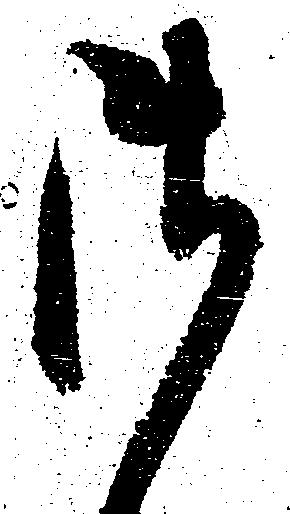
御